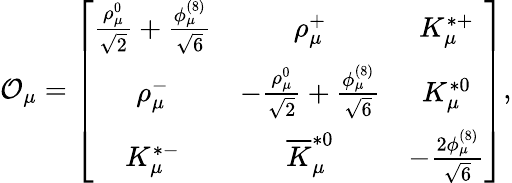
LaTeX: {\cal O}_{\mu}=\left[\begin{array}{ccc}{{{\frac{\rho_{\mu}^{0}}{\sqrt{2}}}+{\frac{\phi_{\mu}^{(8)}}{\sqrt{6}}}}}&{{\rho_{\mu}^{+}}}&{{K_{\mu}^{*+}}}\\ {{\rho_{\mu}^{-}}}&{{-{\frac{\rho_{\mu}^{0}}{\sqrt{2}}}+{\frac{\phi_{\mu}^{(8)}}{\sqrt{6}}}}}&{{K_{\mu}^{*0}}}\\ {{K_{\mu}^{*-}}}&{{\overline{{K}}_{\mu}^{*0}}}&{{-{\frac{2\phi_{\mu}^{(8)}}{\sqrt{6}}}}}\end{array}\right],